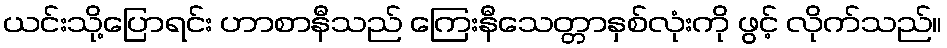
ယင်းသို့ပြောရင်း ဟာစာနီသည် ကြေးနီသေတ္တာနှစ်လုံးကို ဖွင့် လိုက်သည်။